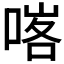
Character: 𠸉